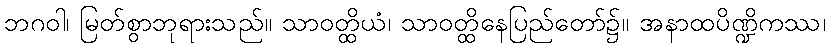
ဘဂဝါ၊ မြတ်စွာဘုရားသည်။ သာဝတ္ထိယံ၊ သာဝတ္ထိနေပြည်တော်၌။ အနာထပိဏ္ဍိကဿ၊